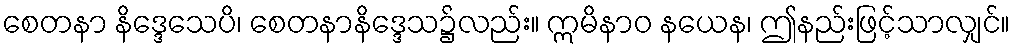
စေတနာ နိဒ္ဒေသေပိ၊ စေတနာနိဒ္ဒေသ၌လည်း။ ဣမိနာဝ နယေန၊ ဤနည်းဖြင့်သာလျှင်။